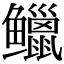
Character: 𫚭